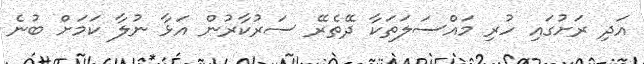
އަދި ރަށުގައި ހުރި މައްސަލަތަކާ ދޭތެރޭ ސަރުކާރުން އަޅާ ނުލާ ކަމަށް ބުނެ